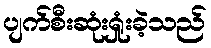
ပျက်စီးဆုံးရှုံးခဲ့သည်